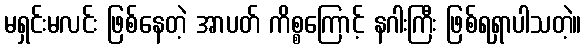
မရှင်းမလင်း ဖြစ်နေတဲ့ အာပတ် ကိစ္စကြောင့် နဂါးကြီး ဖြစ်ရရှာပါသတဲ့။